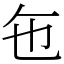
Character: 㐌